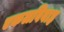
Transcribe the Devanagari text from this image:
एकलविवाह